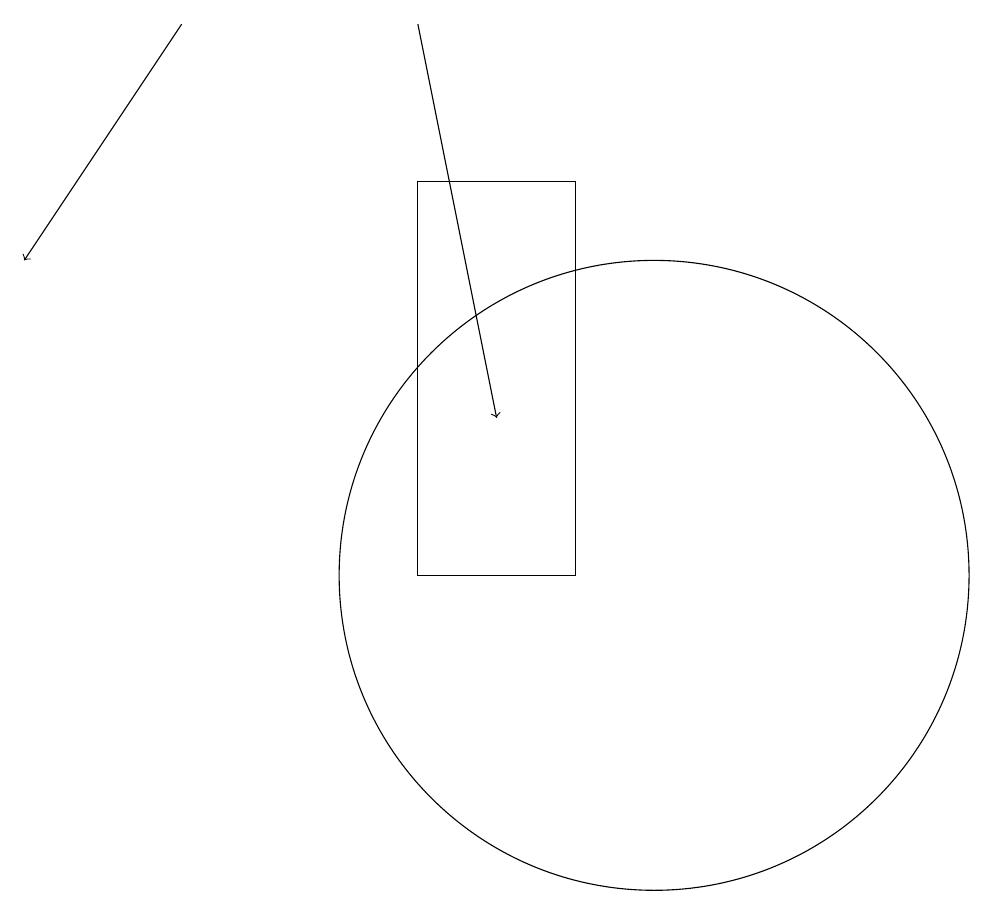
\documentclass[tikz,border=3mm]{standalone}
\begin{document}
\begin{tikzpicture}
\draw (10,11) circle (4);
\draw[->] (4,18) -- (2,15);
\draw[->] (7,18) -- (8,13);
\draw (7,11) rectangle (9,16);
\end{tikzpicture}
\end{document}